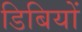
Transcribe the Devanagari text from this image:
डिबियों